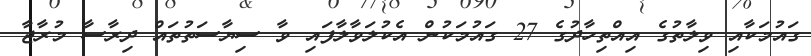
ގައުމަކާއި ވިލާތުގެ އިއްތިހާދުގެ 27 ގައުމަކުން އެކުލަވާލާފައި ވާ ސިޔާސަތުތައް ދިރާސާ މުރާޖާ